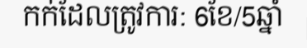
កក់ដែលត្រូវការ: 6ខែ/5ឆ្នាំ